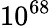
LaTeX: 10^{68}